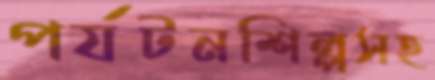
পর্যটনশিল্পসহ